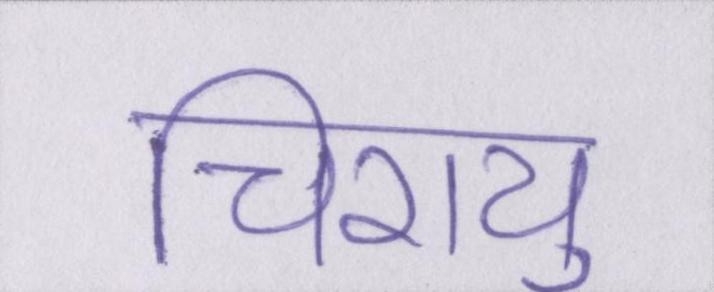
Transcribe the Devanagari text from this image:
चिरायु